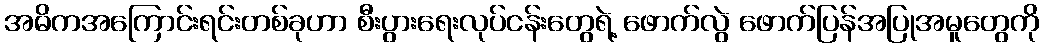
အဓိကအကြောင်းရင်းတစ်ခုဟာ စီးပွားရေးလုပ်ငန်းတွေရဲ့ ဖောက်လွဲ ဖောက်ပြန်အပြုအမူတွေကို